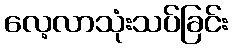
လေ့လာသုံးသပ်ခြင်း